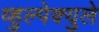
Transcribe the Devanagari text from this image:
व्हुल्पेक्युले